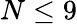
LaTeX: N\leq 9